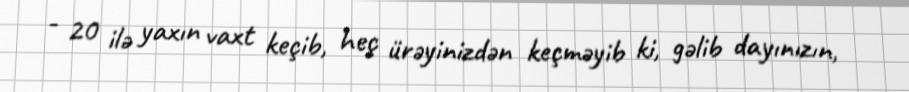
- 20 ilə yaxın vaxt keçib, heç ürəyinizdən keçməyib ki, gəlib dayınızın,